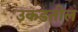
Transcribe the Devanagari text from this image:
उकडतील